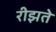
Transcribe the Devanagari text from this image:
रीझते